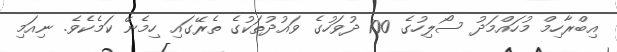
އިބްރާހިމް މުހައްމަދު ސޯލިހުގެ 100 ދުވަހުގެ ވައުދުތަކުގެ ތެރޭގައި ހިމެނޭ ކަމެކެވެ. ނިއަމި